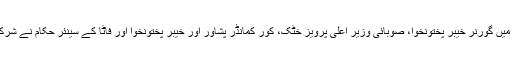
اجلاس میں گورنر خیبر پختونخوا، صوبائی وزیر اعلیٰ پرویز خٹک، کور کمانڈر پشاور اور خیبر پختونخوا اور فاٹا کے سینئر حکام نے شرکت کی۔